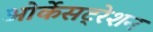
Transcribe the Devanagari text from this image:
ओर्केसट्रेशन